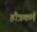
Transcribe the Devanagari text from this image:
हौत्रकर्म